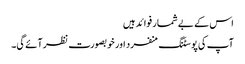
اس کے بے شمار فوائد ہیں
آپ کی پوسٹنگ منفرد اور خوبصورت نظر آئے گی۔